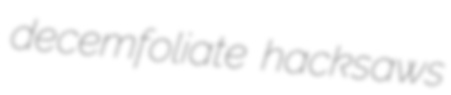
decemfoliate hacksaws